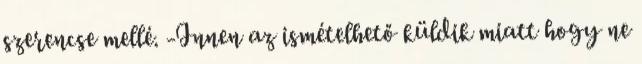
szerencse mellé. -Innen az ismételhető küldik miatt hogy ne